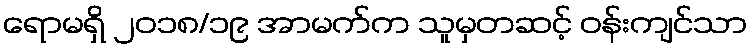
ရောမရှိ ၂၀၁၈/၁၉ အာမက်က သူမှတဆင့် ဝန်းကျင်သာ